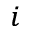
_ i